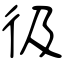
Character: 彶